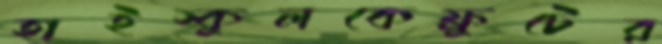
হাইস্কুলকেফ্রুটের